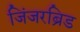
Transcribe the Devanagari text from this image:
जिंजरब्रिड